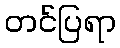
တင်ပြရာ